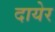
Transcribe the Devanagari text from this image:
दायेर